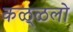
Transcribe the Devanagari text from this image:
कळ्ळलो